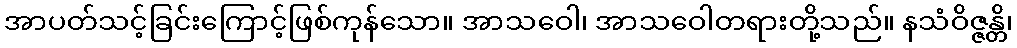
အာပတ်သင့်ခြင်းကြောင့်ဖြစ်ကုန်သော။ အာသဝေါ၊ အာသဝေါတရားတို့သည်။ နသံဝိဇ္ဇန္တိ၊